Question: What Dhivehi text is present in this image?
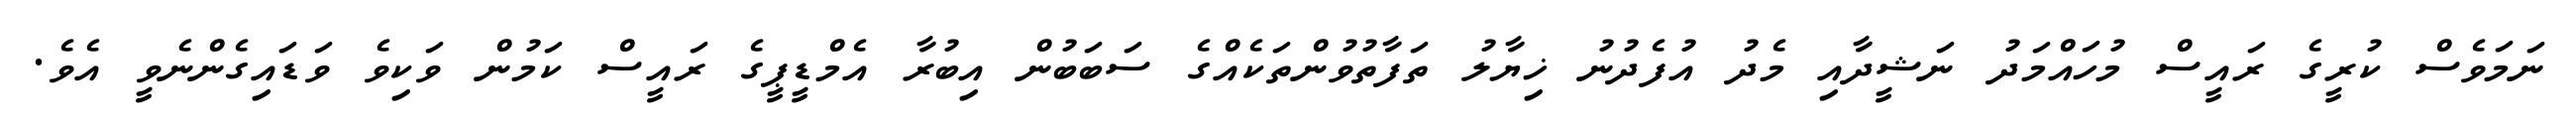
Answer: ނަމަވެސް ކުރީގެ ރައީސް މުހައްމަދު ނަޝީދާއި މެދު އުފެދުނު ޚިޔާލު ތަފާތުވުންތަކެއްގެ ސަބަބުން އިބުރާ އެމްޑީޕީގެ ރައީސް ކަމުން ވަކިވެ ވަޑައިގެންނެވީ އެވެ.